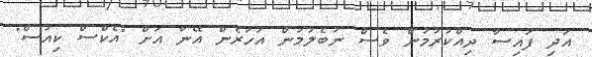
އަދި ފައިސާ ދިއްކުރުމުން ވެސް ނުބެލުމުން އަހަރެން އޭނާ އަށް "އެކްސް ކިއުސް"